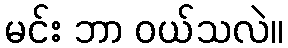
မင်း ဘာ ဝယ်သလဲ။